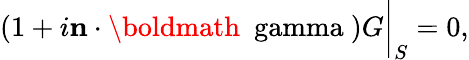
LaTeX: (1+i{\mathbf n}\cdot\mathrm{\boldmath{~\ gamma~}})G\bigg|_{S}=0,